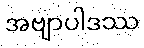
အဗျာပါဒဿ